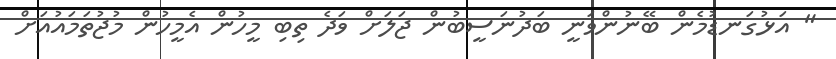
" އަޅުގަނޑުމެން ބޭނުންވަނީ ބަދުނަސީބުން ޖަލަށް ވަދެ ތިބި މީހުން އެމީހުން މުޖުތަމައުއަށް